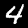
Digit: 4